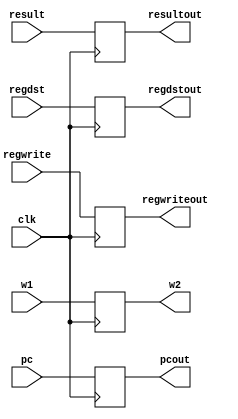
`timescale 1ns / 1ps
//////////////////////////////////////////////////////////////////////////////////
// Company: 
// Engineer: 
// 
// Design Name: 
// Module Name: MEMWB_Registers
// Project Name: 
// Target Devices: 
// Tool Versions: 
// Description: 
// 
// Dependencies: 
// 
// Revision:
// Revision 0.01 - File Created
// Additional Comments:
// 
//////////////////////////////////////////////////////////////////////////////////


module MEMWB_Registers(clk,pc,result,regdst,regwrite,w1,pcout,resultout,regdstout,regwriteout,w2);
input clk;           
input [4:0]w1;
output reg[4:0]w2;
input [31:0]pc,result;
input regdst;
input regwrite;
output reg[31:0]pcout,resultout;
output reg regdstout;
output reg regwriteout;
initial begin
pcout=0;
resultout=0;
w2=0;
regdstout=0;
regwriteout=0;
end
always@(posedge clk) begin
pcout=pc;
resultout=result;
w2=w1;
regdstout=regdst;
regwriteout=regwrite;
end
endmodule